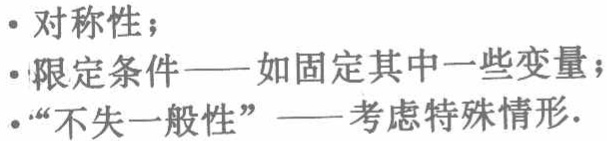
- 对称性；

- 限定条件——如固定其中一些变量；

- “不失一般性”——考虑特殊情形.